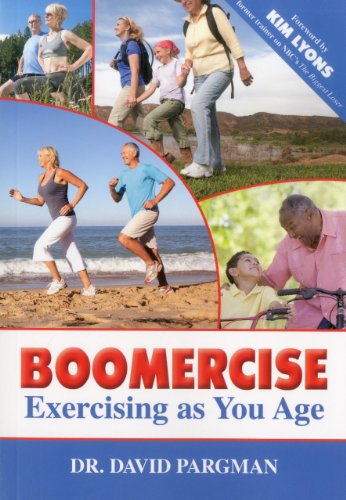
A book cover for Boomercise: Exercising as You Age; David Pargman; Health, Fitness & Dieting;